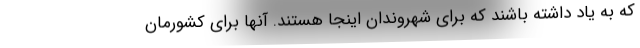
که به یاد داشته باشند که برای شهروندان اینجا هستند. آنها برای کشورمان